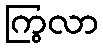
ကြွလာ